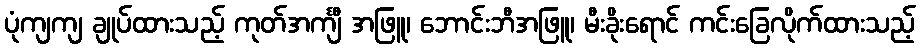
ပုံကျကျ ချုပ်ထားသည့် ကုတ်အင်္ကျီ အဖြူ၊ ဘောင်းဘီအဖြူ၊ မီးခိုးရောင် ကင်းခြေလိုက်ထားသည့်